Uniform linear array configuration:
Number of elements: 4
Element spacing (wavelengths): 1
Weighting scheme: binomial
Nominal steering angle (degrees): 45
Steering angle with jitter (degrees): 43.142
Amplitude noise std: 0.05
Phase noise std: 0.05

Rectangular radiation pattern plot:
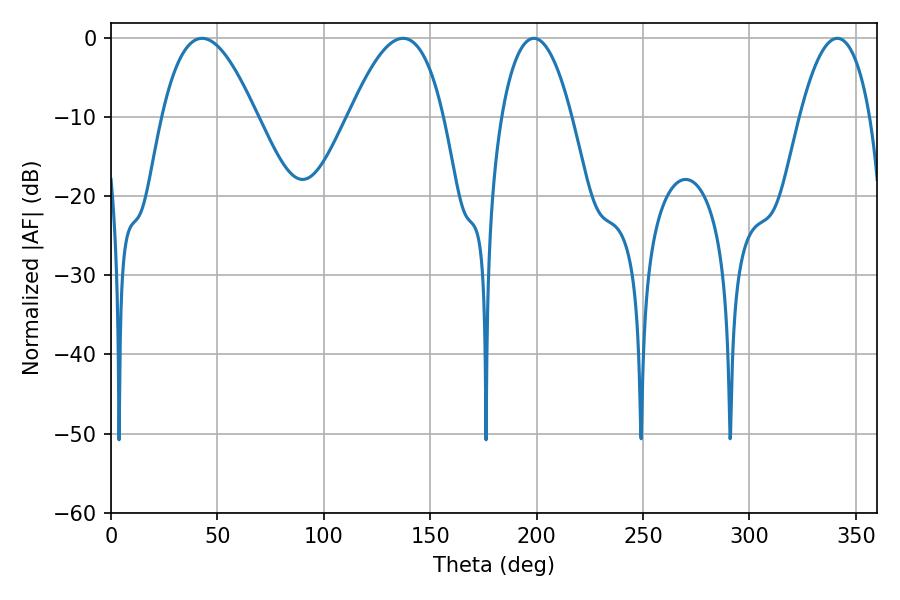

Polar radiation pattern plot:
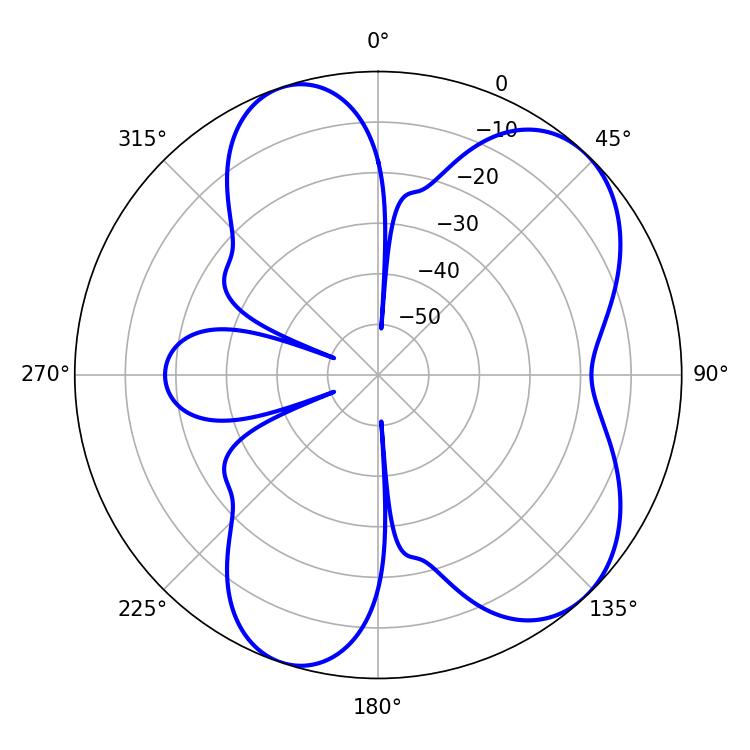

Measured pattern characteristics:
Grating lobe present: TRUE
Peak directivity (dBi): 6.865
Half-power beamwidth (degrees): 18.36
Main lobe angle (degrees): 198.72